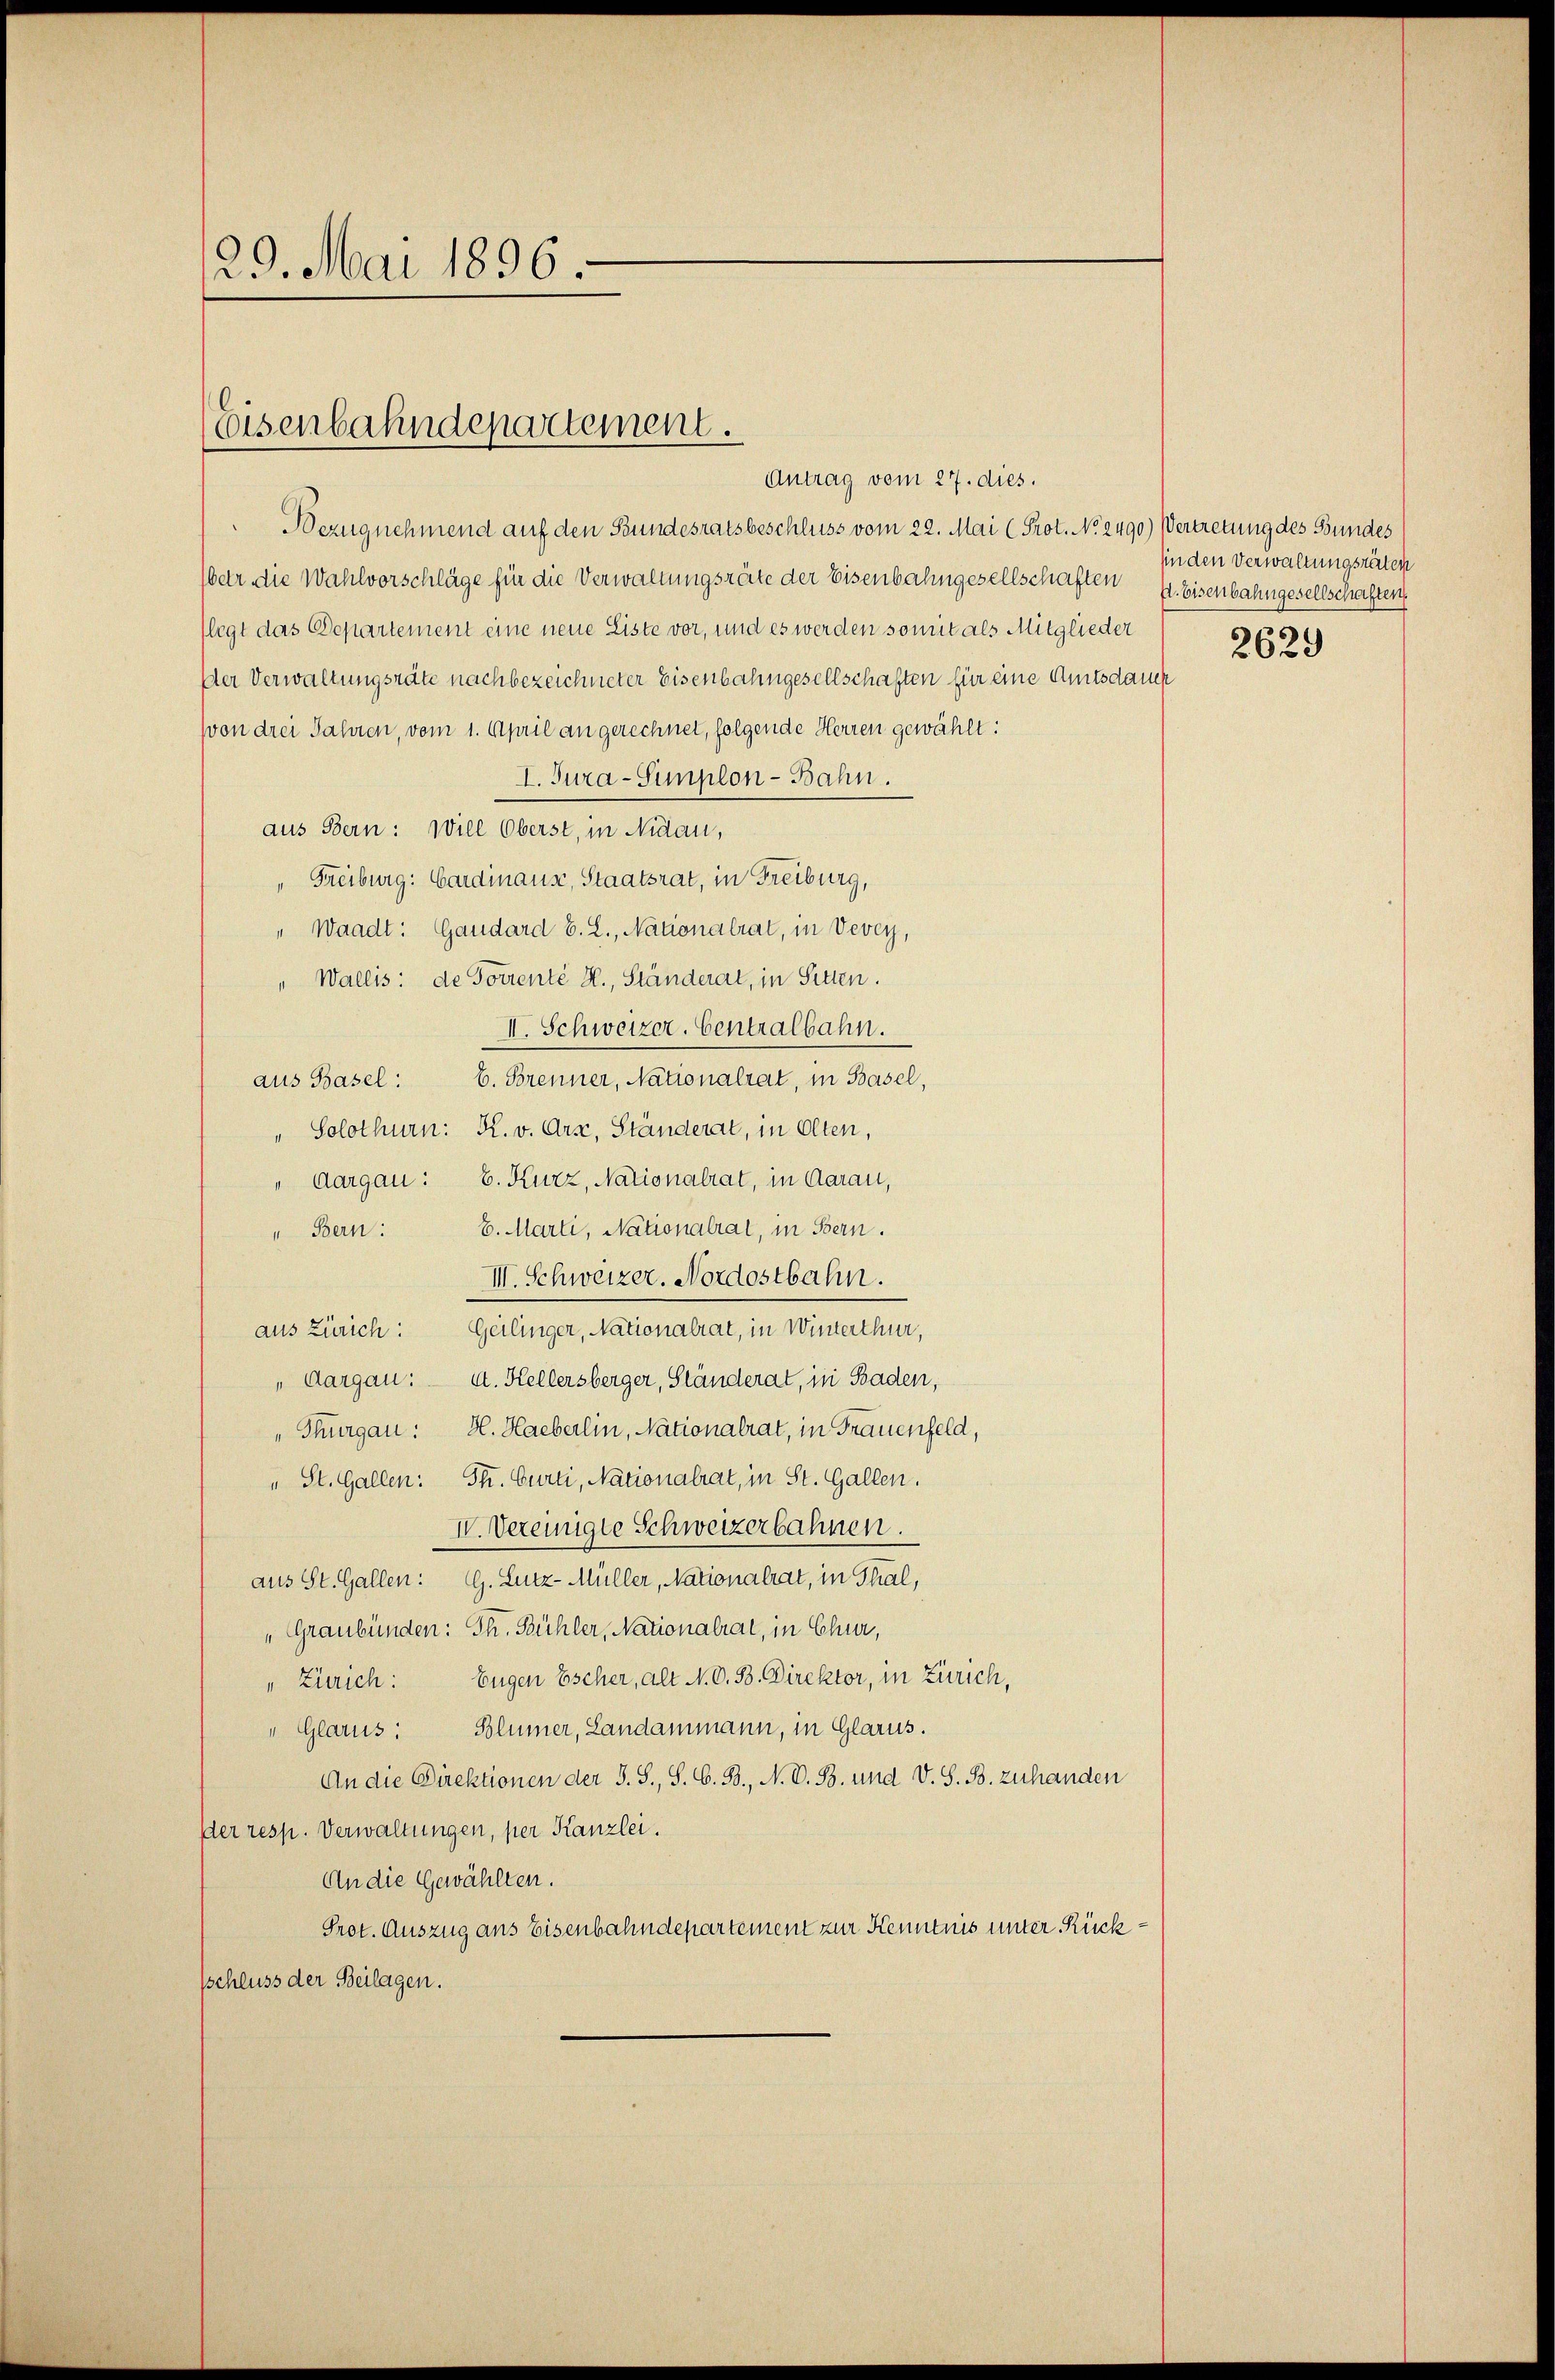
29. Mai 1896.

Eisenbahndepartement.

Bezugnehmend auf den Bundesratsbeschluss vom 22. Mai (Prot. No. 2490) Vertretung des Bundes
(betr die Wahlvorschläge für die Verwaltungsräte der Eisenbahngesellschaften 4. Eisenbahngesellschaften
(legt das Departement eine neue Liste vor, und es werden somit als Mitglieder
Der Verwaltungsräte nachbezeichneter Eisenbahngesellschaften für eine Amtsdauch
von drei Jahren, vom 1. April an gerechnet, folgende Herren gewählt:
I. Jura-Simplon-Bahn.
aus Bern: Will Oberst, in Nidau,
" Freiburg: Gardinaus, Staatsrat, in Freiburg,
" Waadt: Gaudard B. L., Nationalrat, in Vevey,
" Wallis: de Forrenté H., Ständerat, in Sitten.
II. Schweizer. Centralbahn.
aus Basel: 6. Brenner, Nationalrat, in Basel,
" Solothurn: K. v. Arz, Ständerat, in Olten,
" Aargau: E. Kurz, Nationalrat, in Aarau,
" Bern: 6. Marti, Nationalrat, in Bern.
II. Schweizer. Nordostbahn.
aus Zürich: Geilinger, Nationalrat, in Winterthur,
„Aargau: A. Hellersberger, Ständerat, in Baden,
Thurgau: H. Haeberlin, Nationalrat, in Frauenfeld,
" St. Gallen: St. Curti, Nationalrat, in St. Gallen.
IV. Vereinigte Schweizerbahnen.
aus St. Gallen: G. Lutz-Müller, Nationalrat, in Thal,
Graubünden: Th. Bühler, Nationalrat, in Chur,
Zürich: Eugen Escher, alt N. O. B. Direktor, in Zürich,
" Glarus: Blümer, Landammann, in Glarus.
An die Direktionen der S. S., S. G. B., N. O. B. und V. S. B. zuhanden
Der resp. Verwaltungen, per Kanzlei.
An die Gewählten.
Prot. Auszug aus Eisenbahndepartement zur Kenntnis unter Rücksschluss der Beilagen.

Antrag vom 27. dies.

sin den Verwaltungsräten
2629